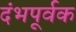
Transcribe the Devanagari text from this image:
दंभपूर्वक